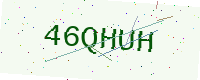
Text: 46QHUH